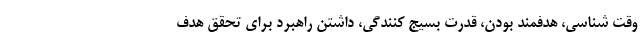
وقت شناسی، هدفمند بودن، قدرت بسیج کنندگی، داشتن راهبرد برای تحقق هدف